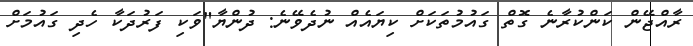
ރާއްޖޭން ކަންކުރާނެ ގޮތް ގައުމުތަކަށް ކިޔައެއް ނުދެވޭނެ: ދުންޔާ"ވަކި ފަރުދަކާ ހެދި ގައުމަށް